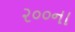
૨૦૦ના